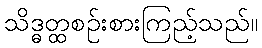
သိဒ္ဓတ္ထစဉ်းစားကြည့်သည်။